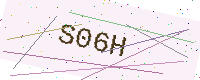
Text: S06H